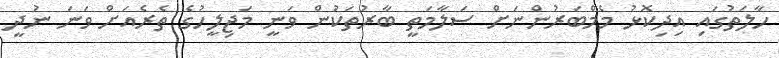
ހާލަތުގައި އިދިކޮޅު މެމްބަރުންނަށް ސަލާމަތީ ބާރުތަކުން ވަނީ މަޖިލީހުގެ ތެރެއަށް ވަނަ ނުދީ